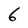
Character: 6